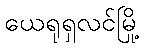
ယေရုရှလင်မြို့